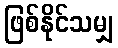
ဖြစ်နိုင်သမျှ